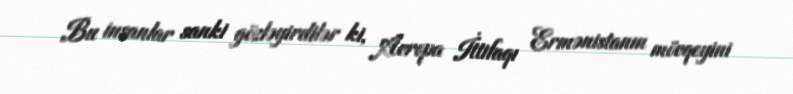
Bu insanlar sanki gözləyirdilər ki, Avropa İttifaqı Ermənistanın mövqeyini